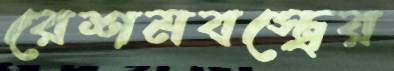
রেশমবস্ত্রের